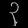
Digit: ၃